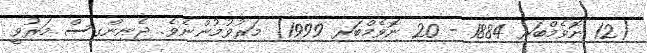
(12 ނޮވެމްބަރ 1884 - 20 ނޮވެމްބަރ 1999) މަރުވުމުންނެވެ. ޖެނިންގސް މަރުވީ